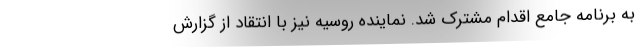
به برنامه جامع اقدام مشترک شد. نماینده روسیه نیز با انتقاد از گزارش